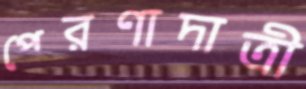
প্রেরণাদাত্রী